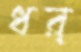
ধর্